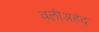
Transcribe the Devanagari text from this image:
वलीअहद